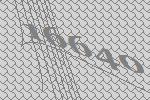
16640